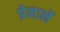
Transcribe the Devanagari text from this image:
प्रेमानें